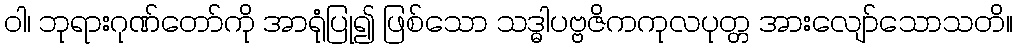
ဝါ၊ ဘုရားဂုဏ်တော်ကို အာရုံပြု၍ ဖြစ်သော သဒ္ဓါပဗ္ဗဇိကကုလပုတ္တ အားလျော်သောသတိ။